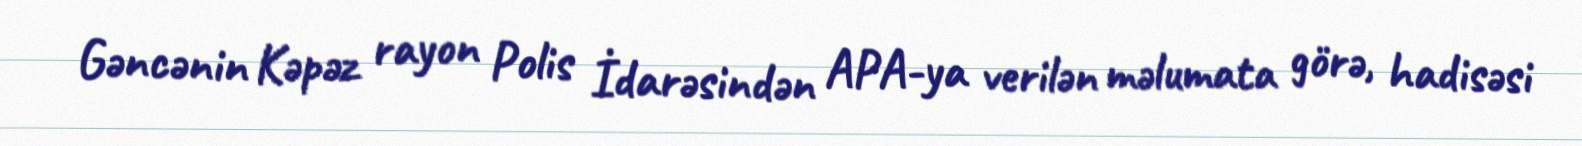
Gəncənin Kəpəz rayon Polis İdarəsindən APA-ya verilən məlumata görə, hadisəsi